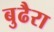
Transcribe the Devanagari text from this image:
बुढैरा